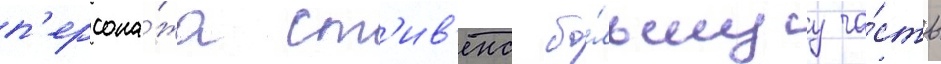
п'ерсона́жа ст'ив'енс бо́льшуу ча́сть